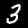
Digit: 3